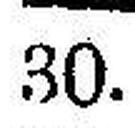
30.